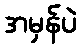
အမှန်ပဲ